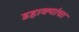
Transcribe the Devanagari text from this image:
डहाक्यांचा